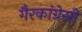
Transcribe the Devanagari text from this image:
गैरकांग्रेसी